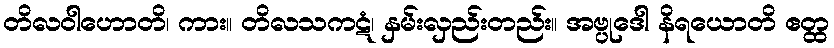
တိလဝါဟောတိ၊ ကား။ တိလသကဋံ၊ နှမ်းလှည်းတည်း။ အဗ္ပုဒေါ နိရယောတိ ဧတ္ထ